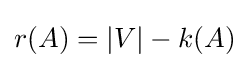
r(A)=|V|-k(A)